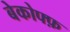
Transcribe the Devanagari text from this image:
बेकोफ्फ़